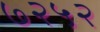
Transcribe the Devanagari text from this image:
७२५२